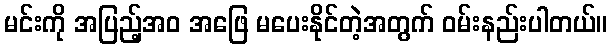
မင်းကို အပြည့်အဝ အဖြေ မပေးနိုင်တဲ့အတွက် ဝမ်းနည်းပါတယ်။